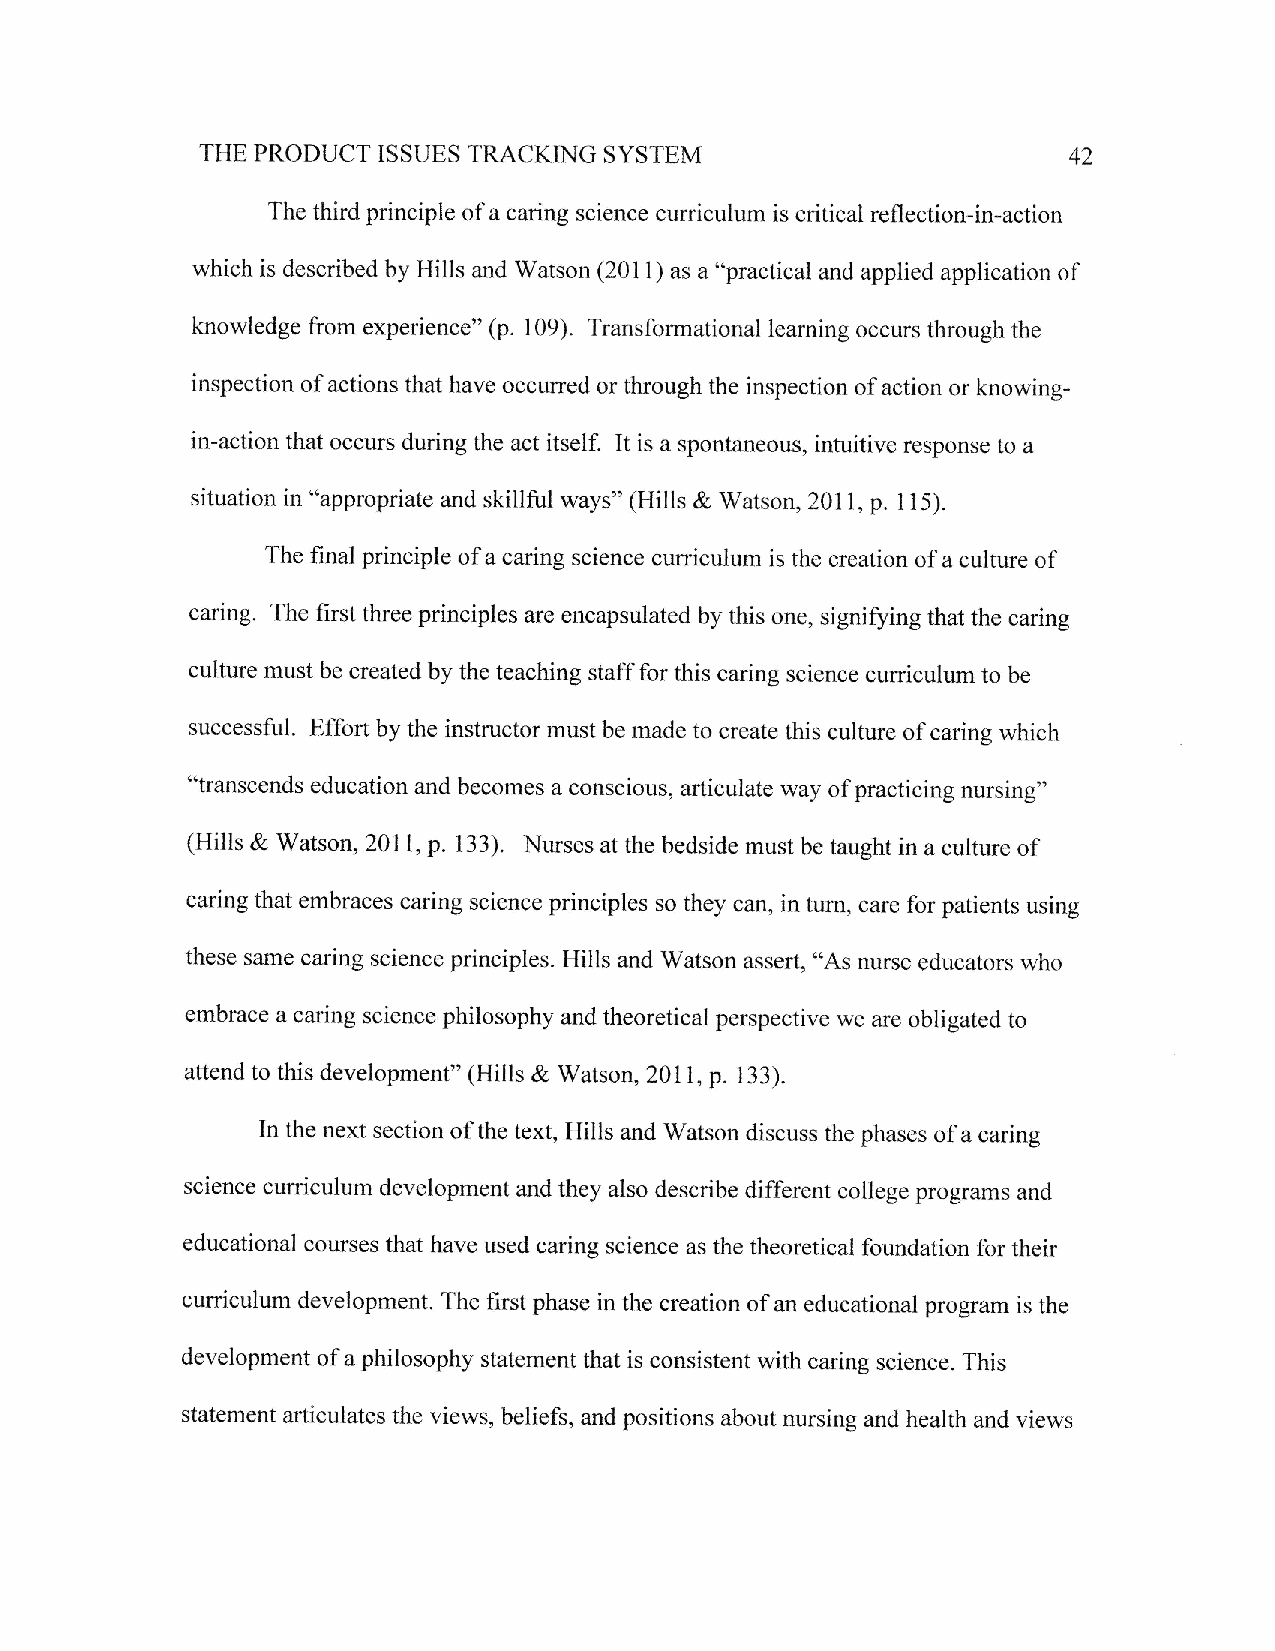
SYSTEM
 THE PRODUCT ISSUES TRACKIhIG                              42
 The third principle of a caring science curuiculum is critical reflection-in-action
 which is described by Hills and Watson (201 1) as a "practical and applied application of
 knowledge from experience" (p. 109). Transformational learning occurs through the
 inspection of actions that have occurred or through the inspection of action or knowing-
 in-action that occurs during the act itself. It is a spontaneous, intuitive response to a
 situation in "appropriate and skillful ways" (Hills & Watson,201 l, p. 115).
 The final principle of a caring science curriculum is the creation of a culture of
 caring. The first three principles are encapsulated by this one' signifuing that the caring
 culture must be created by the teaching staff for this caring science curiculurn to be
 successful. Effort by the instructor must be made to create this culture of caring which
 "transcends education and becomes a conscious, articulate way of practicing nursing"
 (Hills & Watson,2011, p. 133). Nurses at the bedside must be taught in a culture of
 caring that embraces caring science principles so they can, in turn, care for patients using
 these same caring science principles. Hills and Watson assert, o'As nurse educators who
 embmce a caring science philosophy and theoretical perspective we are obligated to
 attend to this development" (Hills & Watson,201l, p. 133).
 In the next section of the text, Hills and Watson discuss the phases of a caring
 science curriculum development and they also describe different college programs and
 educational courses that have used caring science as the theoretical foundation for their
 curriculum development. The first phase in the creation of an educational program is the
 development of a philosophy statement that is consistent with caring science. This
 statement articulates the views, beliefs, and positions about nursing and health and views